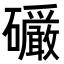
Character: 𪿿